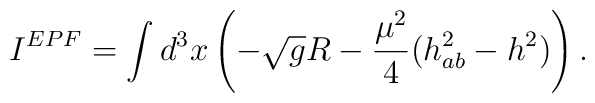
I^{EPF} = \int d^3 x \left(- \sqrt{g} R - \frac{\mu^2}{4}(h_{ab}^2 - h^2)      \right).